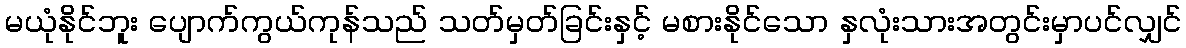
မယုံနိုင်ဘူး ပျောက်ကွယ်ကုန်သည် သတ်မှတ်ခြင်းနှင့် မစားနိုင်သော နှလုံးသားအတွင်းမှာပင်လျှင်